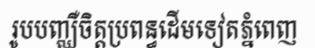
រូបបញ្ឈឺចិត្តប្រពន្ធដើមទៀតភ្នំពេញ